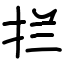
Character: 拦